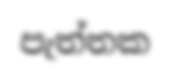
පැත්තක